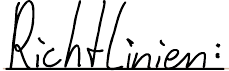
Richtlinien: